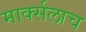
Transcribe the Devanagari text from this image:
मार्क्‍सलाच